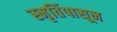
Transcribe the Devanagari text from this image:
स्मृतिंपासून